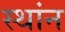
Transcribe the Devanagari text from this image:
स्थांन